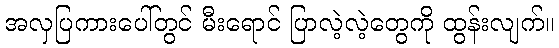
အလှပြကားပေါ်တွင် မီးရောင် ပြာလဲ့လဲ့တွေကို ထွန်းလျက်။